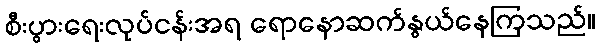
စီးပွားရေးလုပ်ငန်းအရ ရောနောဆက်နွယ်နေကြသည်။